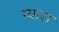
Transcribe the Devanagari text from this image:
ग्यास